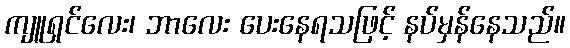
ကျူရှင်လေး၊ ဘာလေး ပေးနေရသဖြင့် နပ်မှန်နေသည်။